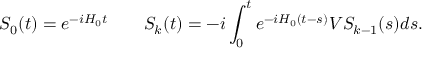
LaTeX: S _ { 0 } ( t ) = e ^ { - i H _ { 0 } t } \qquad S _ { k } ( t ) = - i \int _ { 0 } ^ { t } e ^ { - i H _ { 0 } ( t - s ) } V S _ { k - 1 } ( s ) d s .